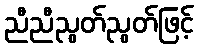
ညီညီညွတ်ညွတ်ဖြင့်